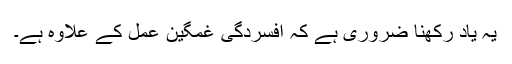
یہ یاد رکھنا ضروری ہے کہ افسردگی غمگین عمل کے علاوہ ہے۔